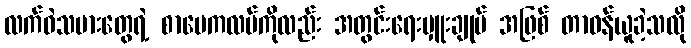
လက်ဝဲသမားတွေရဲ့ စာပေကလပ်ကိုလည်း အတွင်းရေးမှူးချုပ် အဖြစ် တာဝန်ယူခဲ့သလို